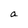
Character: a